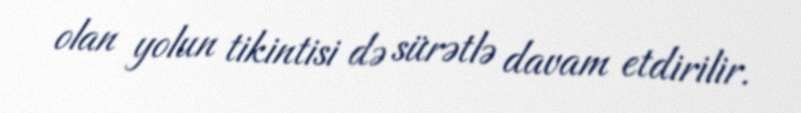
olan yolun tikintisi də sürətlə davam etdirilir.